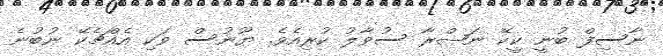
ނާސިފް ބުނީ ކީކޭ ނަޞްރާ ސުވާލު ކުރިއެވެ. ޔޫނުސް ވަކި އެއްޗެކޭ ނުބުނެ